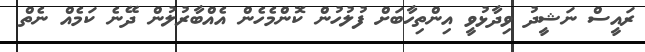
ރައީސް ނަޝީދު ވިދާޅުވީ އިންތިހާބަށް ފުލުހުން ކޮންމެހެން އެއްބާރުލުން ދޭނެ ކަމެއް ނެތް